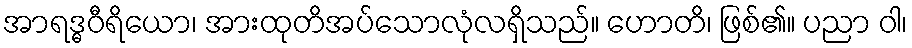
အာရဒ္ဓဝီရိယော၊ အားထုတိအပ်သောလုံလရှိသည်။ ဟောတိ၊ ဖြစ်၏။ ပညာ ဝါ၊